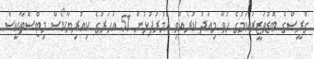
ގްރީސްގެ ބޮޑުވަޒީރުކަމުގެ ހުވާ މިއަދު ކުރެއްވި އުމުރުފުޅުން 51 އަހަރުގެ ކިއުރިޔާކޯސް މިޓްސޮތާކީސް